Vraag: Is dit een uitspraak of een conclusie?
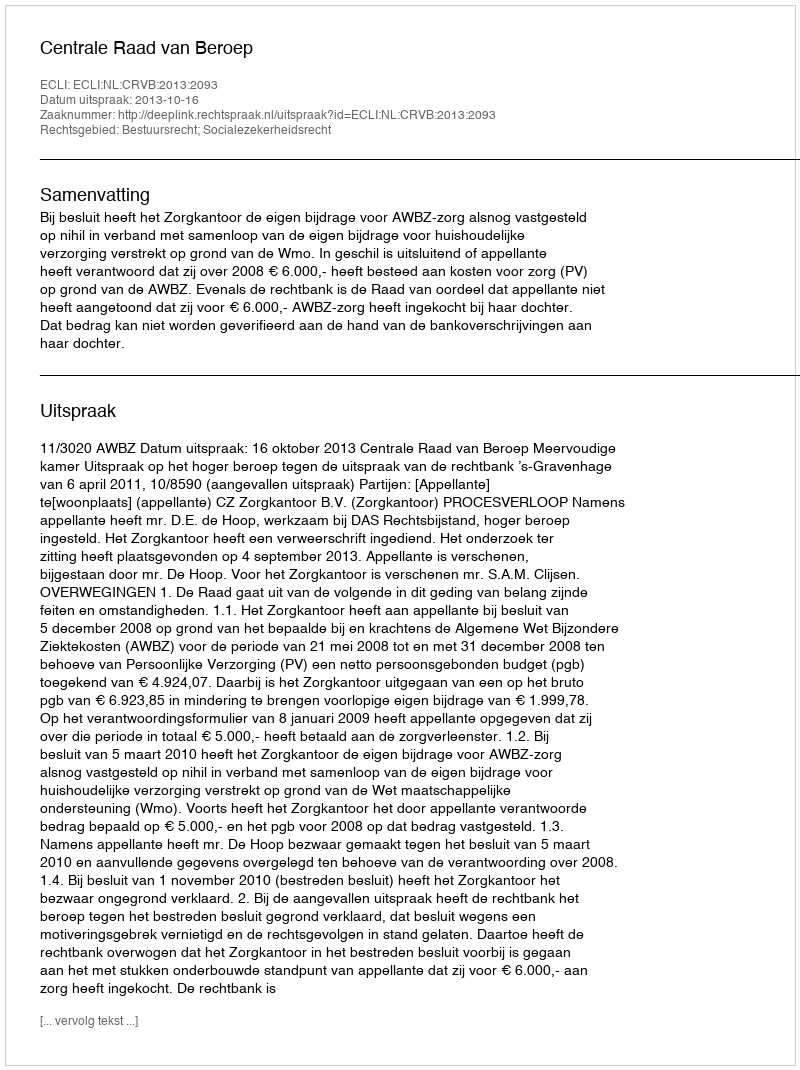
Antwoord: Uitspraak